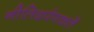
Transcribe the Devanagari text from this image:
नीतिदर्पणकर्ते